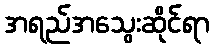
အရည်အသွေးဆိုင်ရာ